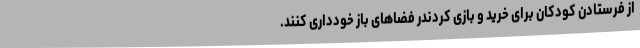
از فرستادن کودکان برای خرید و بازی کردندر فضاهای باز خودداری کنند.